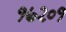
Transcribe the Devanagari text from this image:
१७२०१